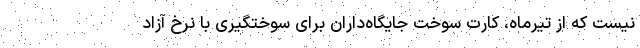
نیست که از تیرماه، کارت سوخت جایگاه‌داران برای سوختگیری با نرخ آزاد